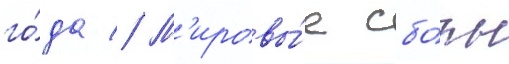
го́да // М'ировы́е сбо́ры